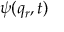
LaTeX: \psi ( q _ { r } , t )